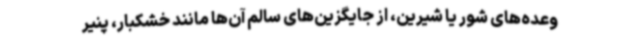
وعده‌های شور یا شیرین، از جایگزین‌های سالم‌ آن‌ها مانند خشکبار، پنیر